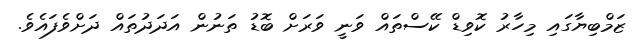
ޒަމްބިޔާގައި މިހާރު ކޮވިޑް ކޭސްތައް ވަނީ ވަރަށް ބޮޑު ތަނުން އަދަދުތައް ދަށްވެފައެވެ.